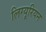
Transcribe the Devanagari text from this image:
लिग्यूरियन